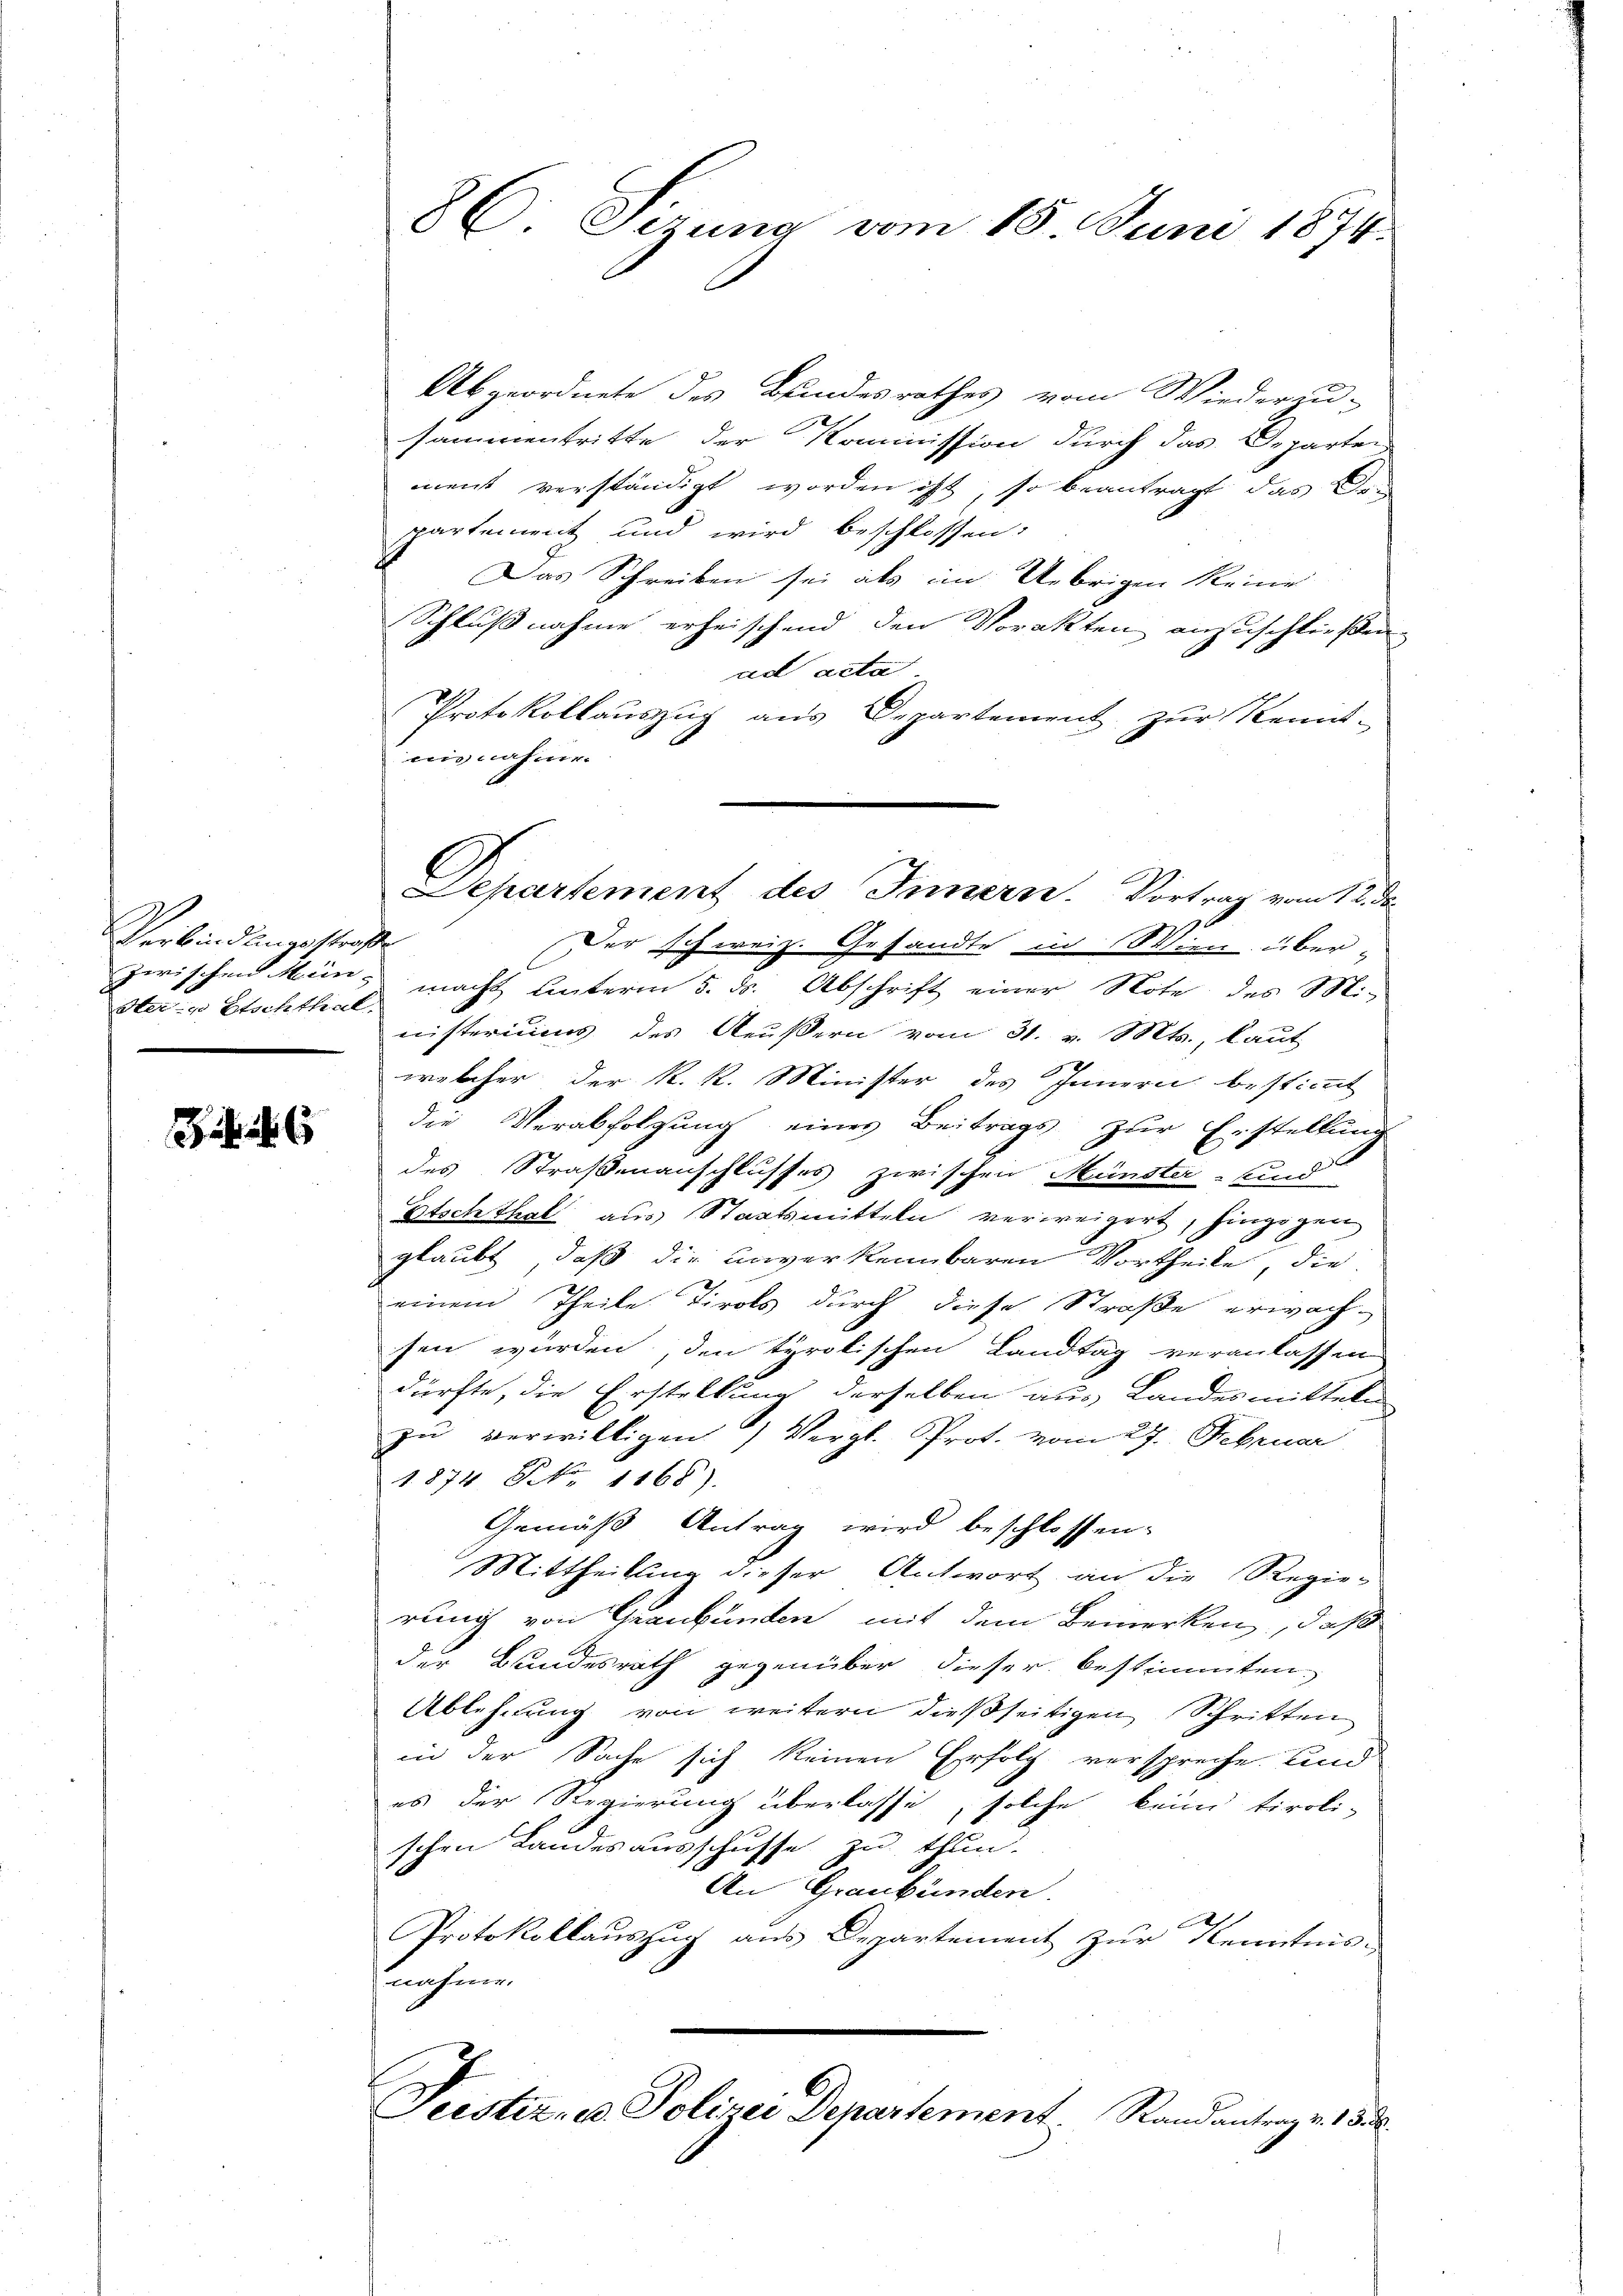
Verbindungsstraf
Ster- u Etschthal

86. Sezung vom 18. Juni 1874.

Abgeordnete des Bundesrathes vom Wiederzu-
sammentritte der Kommission durch das Departen
ment verständigt worden ist, so beantragt, das Bepartement und wird beschlossen:
Das Schreiben sei als im Uebrigen keine
Schlußnahme erheischend den Vorakten anzuschließen.
ad acta
Protokollaŭszŭg ans Departement zŭr Kennt-
nisnahme.
f
Der schweiz. Gesandte in Wien überzwischen Menz macht unterm 5. ds. Abschrift einer Note des Ministeriums des Aeußern vom 31. v. Mts., laut
welcher der k. k. Minister des Innern bestimmt
die Verabfolgung eines Beitrags zur Erstellung
des Straßenanschlusses zwischen Münster- und
Etschthal aus Staatsmitteln verweigert, hinzigen
glaubt, daß die unverkennbaren Vortheile, die
einem Theile Tirols durch diese Straße erwach-
sen würden, den tyrolischen Landtag veranlassen
dürfte, die Erstellung derselben aus Landesmitteln
zŭ verwilligen ) Vergl. Prof. vom 27. Februar
1874. No. 1168)
Gemäß Antrag wird beschlossen:
Mittheilung dieser Antwort an die Regie-
rung von Graubünden, mit dem Bemerken, daß
der Bundesrath gegenüber dieser bestimmten,
Ablehnung von weitern dießseitigen Schritten
in der Sache sich keinen Erfolg verspreche, und
es der Regierung überlasse, solche keine tiroli-
schen Landesausschusse zu thun.
An Graubünden.
Protokollauszug aus Departement zur Kenntnis-
nahme.
Teistiz- u. Polizei Departement Standantrage. 135.

Departement des Innern. Vortrag vom 12. de